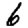
Digit: 6